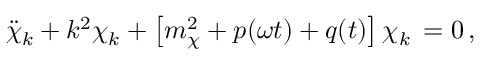
\ddot { \chi } _ { k } + k ^ { 2 } \chi _ { k } + \left[ m _ { \chi } ^ { 2 } + p ( \omega t ) + q ( t ) \right] \chi _ { k } \, = 0 \, ,